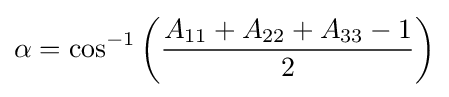
\alpha =\cos ^{-1}\left({\frac {A_{11}+A_{22}+A_{33}-1}{2}}\right)